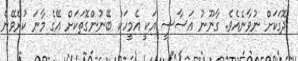
ދޮގަކަށް ނުވާނެއެވެ. ގާނޫނު އަސާސީ އަކީ އެމީހަކު ބޭނުންގޮތަކަށް އޭގެ މާނަ ކުރެވޭނެ